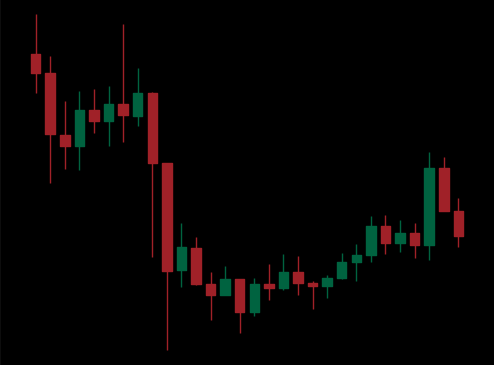
Pattern: unclassified